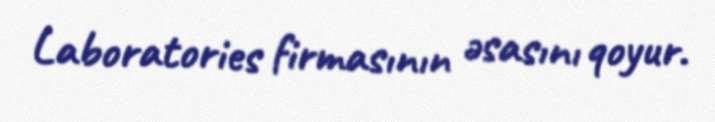
Laboratories firmasının əsasını qoyur.